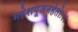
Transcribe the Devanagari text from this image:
महेशपूजनहेतोः।।